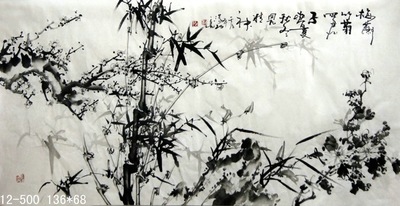
笃志而体，君子也。